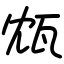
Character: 瓭